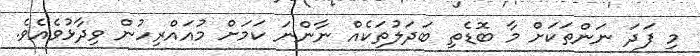
މި ފަދަ ނަންތަކަށް މާ ބޮޑެތި ބަދަލުތަކެއް ނާންނަ ކަމަށް މުއައްރިހުން ވިދާޅުވެއެވެ.